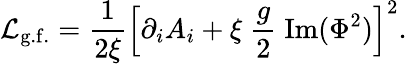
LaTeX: {\cal L}_{\mathrm{g.f.}}=\frac{1}{2\xi}\left[\partial_{i}A_{i}+\xi\; \frac{g}{2}\; \mathrm{Im}(\Phi^{2})\right]^{2}.